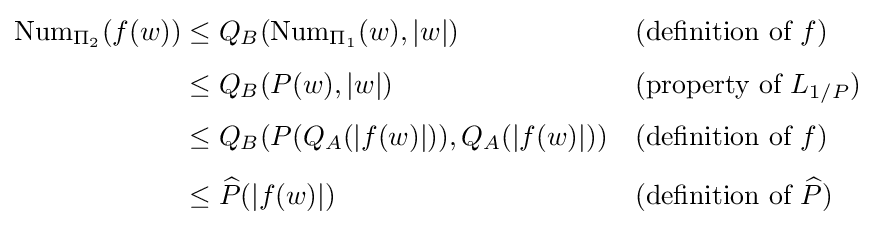
{\begin{aligned}\operatorname {Num} _{\Pi _{2}}(f(w))&\leq Q_{B}(\operatorname {Num} _{\Pi _{1}}(w),|w|)&&{\text{(definition of }}f{\text{)}}\\[4pt]&\leq Q_{B}(P(w),|w|)&&{\text{(property of }}L_{1/P}{\text{)}}\\[4pt]&\leq Q_{B}(P(Q_{A}(|f(w)|)),Q_{A}(|f(w)|))&&{\text{(definition of }}f{\text{)}}\\[4pt]&\leq {\widehat {P}}(|f(w)|)&&{\text{(definition of }}{\widehat {P}}{\text{)}}\end{aligned}}